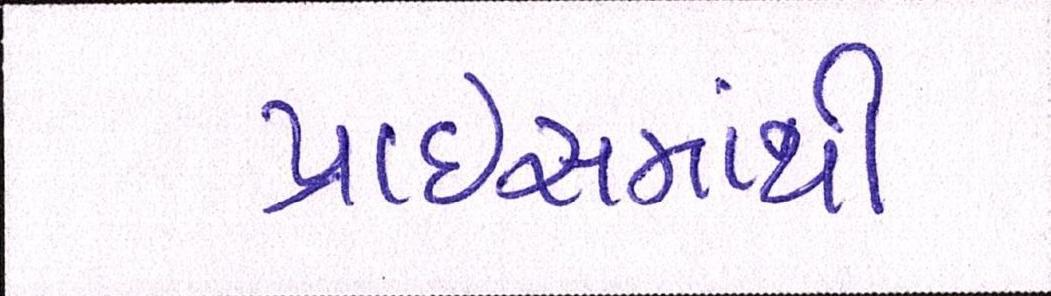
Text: પ્રાઇસમાંથી